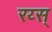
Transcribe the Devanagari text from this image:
रय्स्